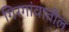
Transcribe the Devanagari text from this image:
गिरगांवातील